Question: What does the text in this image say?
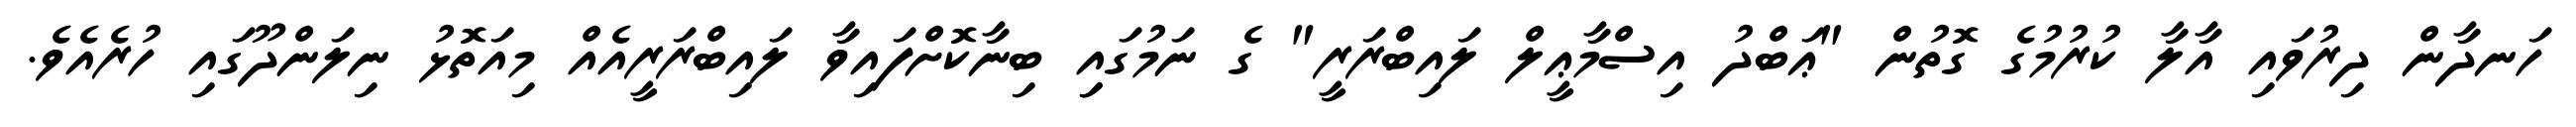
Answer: ހަނދާން ދިރުވައި އާލާ ކުރުމުގެ ގޮތުން "ޢަބްދު އިސްމާޢީލް ލައިބްރަރީ" ގެ ނަމުގައިި ބިނާކޮށްފައިވާ ލައިބްރަރީއެއް މިއަތޮޅު ނިލަންދޫގައި ހުރެއެވެ.